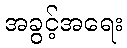
အခွင့်အရေး